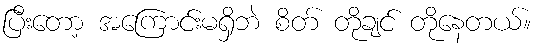
ပြီးတော့ အကြောင်းမရှိဘဲ စိတ် တိုချင် တိုနေတယ်။